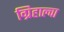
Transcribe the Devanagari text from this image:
ग्रिहाल्वा